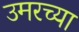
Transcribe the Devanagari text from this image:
उमरच्या